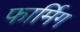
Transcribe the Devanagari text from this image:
फार्मिग